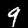
Digit: 9